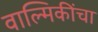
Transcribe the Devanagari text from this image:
वाल्मिकींचा